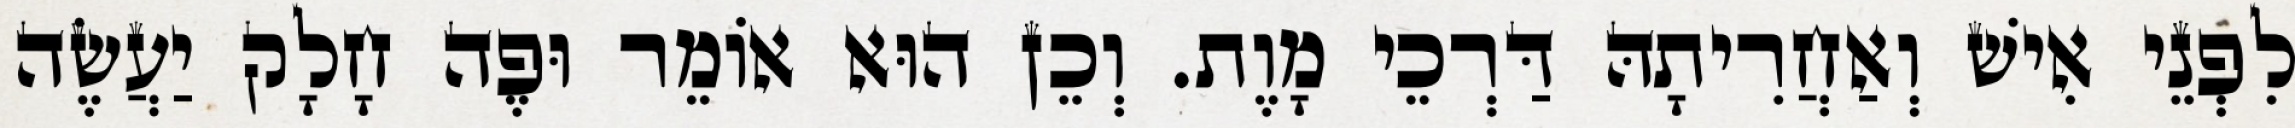
לִפְנֵי אִישׁ וְאַחֲרִיתָהּ דַּרְכֵי מָוֶת. וְכֵן הוּא אוֹמֵר וּפֶה חָלָק יַעֲשֶׂה